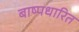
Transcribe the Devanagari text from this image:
बाष्पधारित